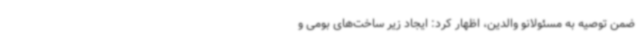
ضمن توصیه به مسئولانو والدین، اظهار کرد: ایجاد زیر ساخت‌های بومی و